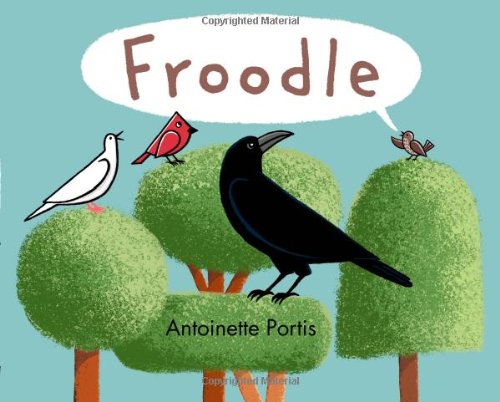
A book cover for Froodle; Antoinette Portis; Children's Books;